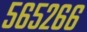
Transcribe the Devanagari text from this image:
५६५२६६